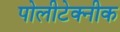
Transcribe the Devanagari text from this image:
पोलीटेक्‍नीक